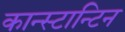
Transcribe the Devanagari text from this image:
कान्स्टान्टिन